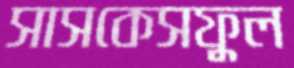
সাসকেসফুল